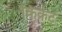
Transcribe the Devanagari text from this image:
किक्रेट